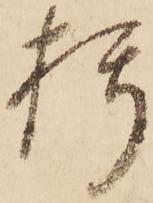
朽